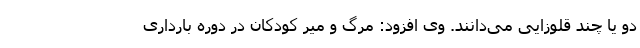
دو یا چند قلوزایی می‌دانند. وی افزود: مرگ و میر کودکان در دوره بارداری